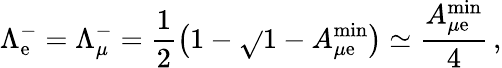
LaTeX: \Lambda_{\mathrm{e}}^{-}=\Lambda_{\mu}^{-}=\frac{{1}}{{2}}\left(1-\sqrt{}{{1-A_{{\mu}\mathrm{e}}^{\mathrm{{min}}}}}\right)\simeq\frac{{A_{{\mu}\mathrm{e}}^{\mathrm{{min}}}}}{{4}}\, ,